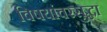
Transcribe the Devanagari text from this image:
विषयांवरसुद्धा